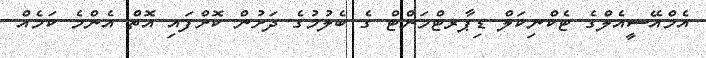
އެމްއޭސީއެލްގެ ޓެކްނިކަލް ޑިޕާރޓްމަންޓް ގެ ބެލުމުގެ ދަށުން ކޮށްފައި އޮތް އެންމެ ކަމެއް